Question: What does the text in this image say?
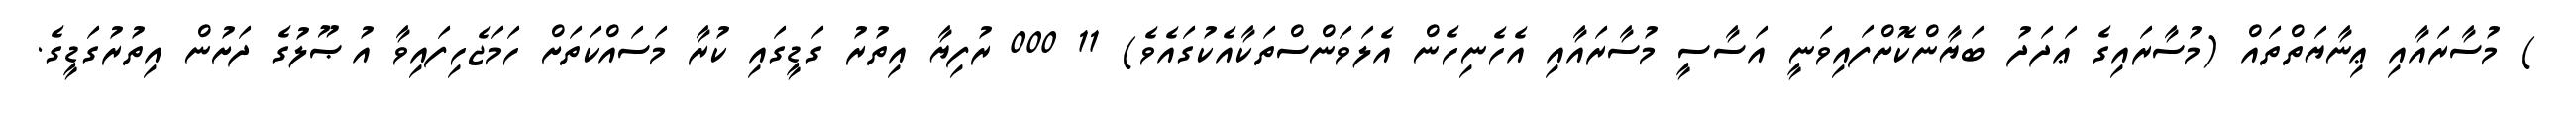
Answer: ) މުސާރައާއި ޢިނާޔަތްތައް (މުސާރައިގެ ޢަދަދު ބަޔާންކޮށްފައިވަނީ އަސާސީ މުސާރައާއި އެހެނިހެން އެލަވަންސްތަކާއެކުގައެވެ) 11 000 ރުފިޔާ އިތުރު ގަޑީގައި ކުރާ މަސައްކަތަށް ހަމަޖެހިފައިވާ އުޞޫލުގެ ދަށުން އިތުރުގަޑީގެ.